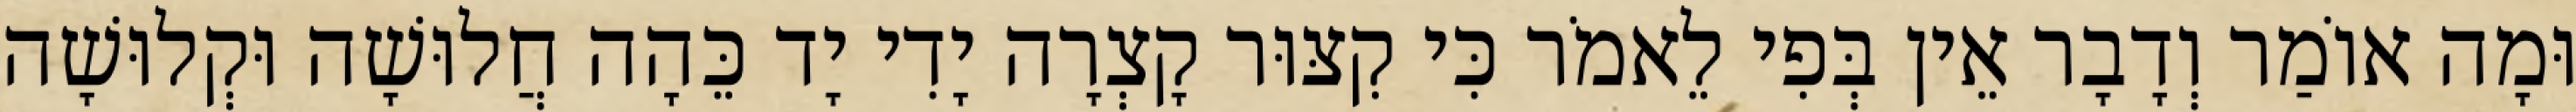
וּמָה אוֹמַר וְדָבָר אֵין בְּפִי לֵאמֹר כִּי קִצּוּר קָצְרָה יָדִי יָד כֵּהָה חֲלוּשָׁה וּקְלוּשָׁה